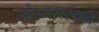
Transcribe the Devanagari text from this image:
अंतरासस्यन